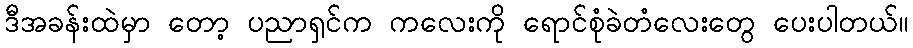
ဒီအခန်းထဲမှာ တော့ ပညာရှင်က ကလေးကို ရောင်စုံခဲတံလေးတွေ ပေးပါတယ်။